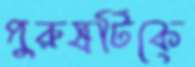
পুরুষটিকে